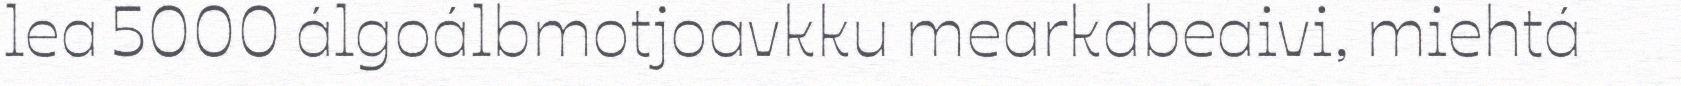
lea 5000 álgoálbmotjoavkku mearkabeaivi, miehtá